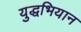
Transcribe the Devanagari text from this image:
युद्धभियान